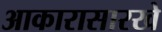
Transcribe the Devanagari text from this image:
आकारासारखे